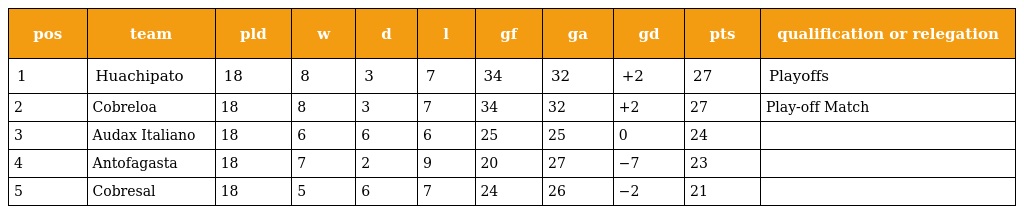
| pos | team | pld | w | d | l | gf | ga | gd | pts | qualification or relegation |
 | --- | --- | --- | --- | --- | --- | --- | --- | --- | --- | --- |
 | 1 | Huachipato | 18 | 8 | 3 | 7 | 34 | 32 | +2 | 27 | Playoffs |
 | 2 | Cobreloa | 18 | 8 | 3 | 7 | 34 | 32 | +2 | 27 | Play-off Match |
 | 3 | Audax Italiano | 18 | 6 | 6 | 6 | 25 | 25 | 0 | 24 |  |
 | 4 | Antofagasta | 18 | 7 | 2 | 9 | 20 | 27 | −7 | 23 |  |
 | 5 | Cobresal | 18 | 5 | 6 | 7 | 24 | 26 | −2 | 21 |  |